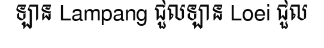
ឡាន Lampang ជួលឡាន Loei ជួល